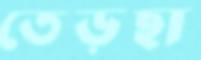
তেড়ছা